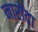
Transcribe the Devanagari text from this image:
नारोंदा